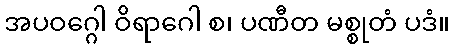
အပဝဂ္ဂေါ ဝိရာဂေါ စ၊ ပဏီတ မစ္စုတံ ပဒံ။